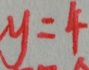
y = 4